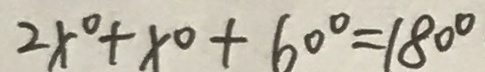
2 x ^ { \circ } + x ^ { \circ } + 6 0 ^ { \circ } = 1 8 0 ^ { \circ }